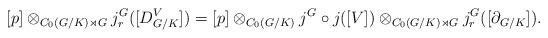
LaTeX: \begin{align*}[p]\otimes_{C_0(G/K)\rtimes G} j_r^G([D_{G/K}^V])=[p]\otimes_{C_0(G/K)}j^G\circ j([V])\otimes_{C_0(G/K)\rtimes G} j_r^G([\partial_{G/K}]).\end{align*}